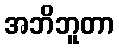
အဘိဘူတာ